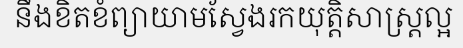
នឹងខិតខំព្យាយាមស្វែងរកយុត្តិសាស្ត្រល្អ